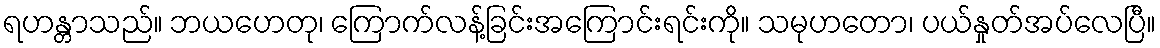
ရဟန္တာသည်။ ဘယဟေတု၊ ကြောက်လန့်ခြင်းအကြောင်းရင်းကို။ သမုဟတော၊ ပယ်နှုတ်အပ်လေပြီ။